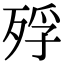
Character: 殍